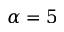
\alpha = 5